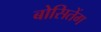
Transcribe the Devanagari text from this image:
बोसितेंग